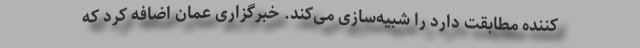
کننده مطابقت دارد را شبیه‌سازی می‌کند. خبرگزاری عمان اضافه کرد که